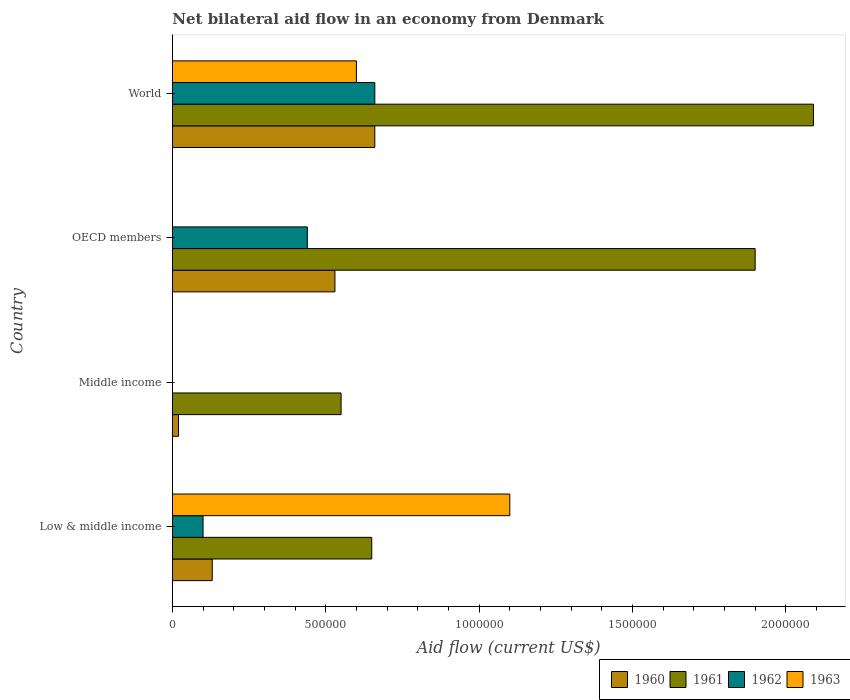
| Country | 1960 | 1961 | 1962 | 1963 |
 | --- | --- | --- | --- | --- |
 | Low & middle income | 1.3e+05 | 6.5e+05 | 1e+05 | 1.1e+06 |
 | Middle income | 2e+04 | 5.5e+05 | -1.2e+05 | -1e+05 |
 | OECD members | 5.3e+05 | 1.9e+06 | 4.4e+05 | -6e+05 |
 | World | 6.6e+05 | 2.09e+06 | 6.6e+05 | 6e+05 |